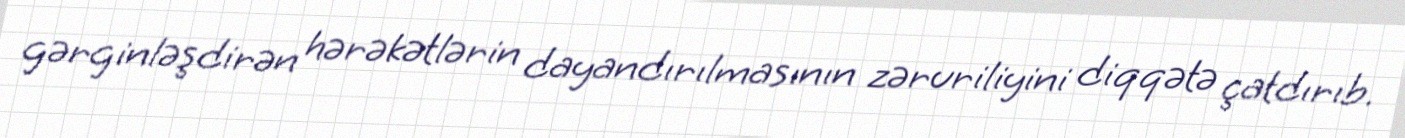
gərginləşdirən hərəkətlərin dayandırılmasının zəruriliyini diqqətə çatdırıb.